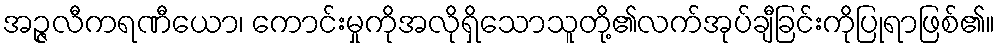
အဉ္ဇလီကရဏီယော၊ ကောင်းမှုကိုအလိုရှိသောသူတို့၏လက်အုပ်ချီခြင်းကိုပြုရာဖြစ်၏။